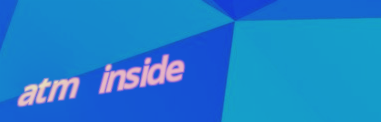
atm inside